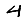
Digit: 4